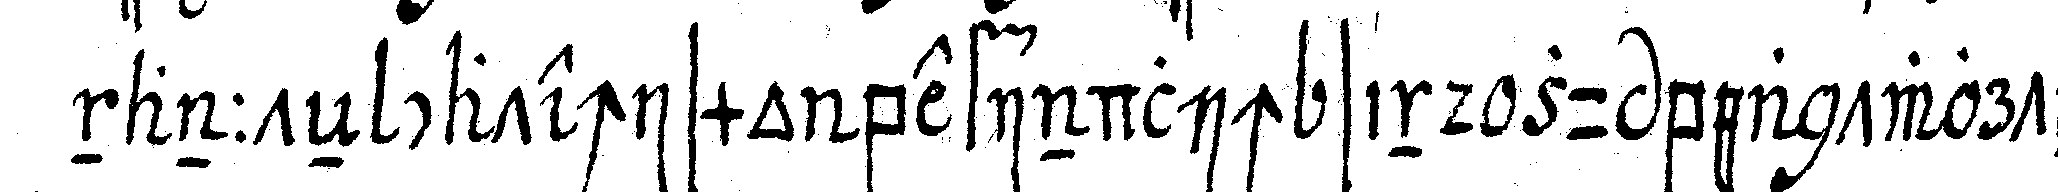
nannteN catechismo befindlich sind zu beantworteN